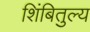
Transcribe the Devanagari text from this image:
शिंबितुल्य